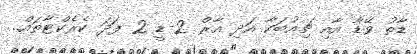
ޑާތު ވޭޑާ އާއި ޗިއުބަކާ އަދި އާރް 2-ޑީ 2 ފަދަ ކެރެކްޓާތައް..